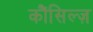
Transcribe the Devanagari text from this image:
कौंसिल्‍ज़